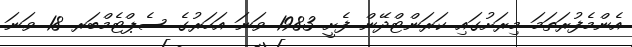
އެންމެފުރަތަމަ މިރަށުގައި ކަރަންޓްދޭން ފެށީ 1983 ވަނަ އަހަރުގެ ސެޕްޓެމްބަރ 18 ވަނަ